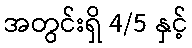
အတွင်းရှိ 4/5 နှင့်